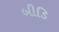
બીડિ